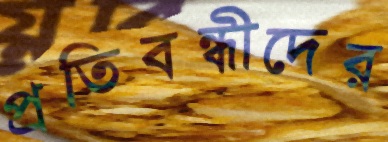
প্রতিবন্ধীদের